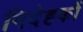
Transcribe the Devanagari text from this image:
निदेह्कों